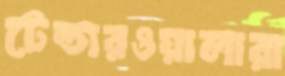
টেন্ডারওয়ালারা